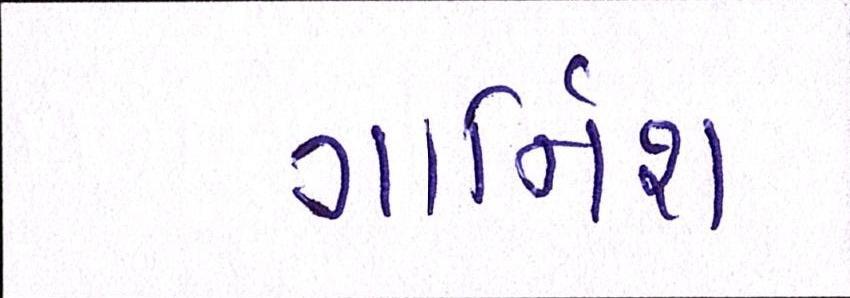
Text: ગાર્નિશ